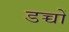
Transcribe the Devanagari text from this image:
डच्चों